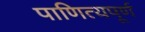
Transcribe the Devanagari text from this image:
पाणित्यपूर्ण